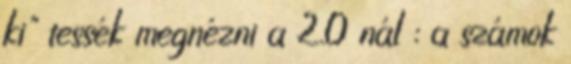
ki" tessék megnézni a 2.0 nál : a számok